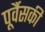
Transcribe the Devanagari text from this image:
पूर्वैसकी